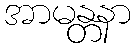
အာမန္တနာ